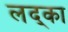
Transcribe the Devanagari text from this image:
लद्का